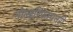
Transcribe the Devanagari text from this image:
गोल्डरिफायनरी